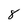
Character: 8